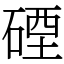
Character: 䃌